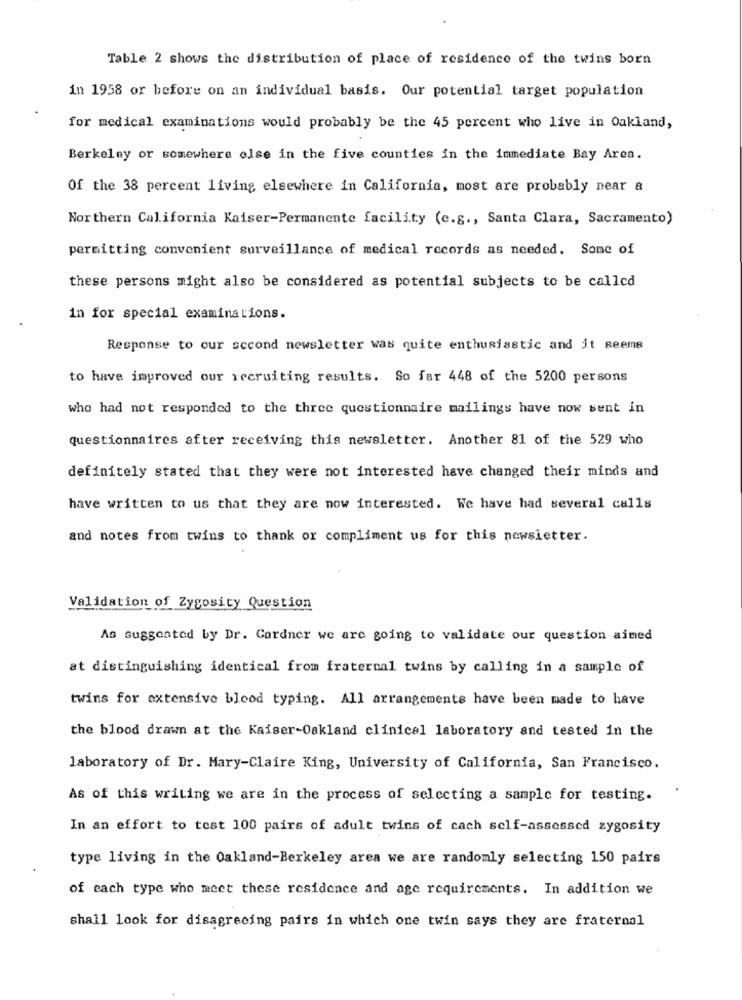
Table 2 shows the distribution of place of residence of the twins born
in 1958 or before on an individual basis. Our potential target population
for medical examinations would probably be the 45 percent who live in Oakland,
Berkeley or somewhere else in the five counties in the immediate Bay Area.
Of the 38 percent living elsewhere in California, most are probably near a
Northern California Kaiser-Permanente facility (e.g ., Santa Clara, Sacramento)
permitting convenient surveillance of medical records as needed. Some of
these persons might also be considered as potential subjects to be called
in for special examinations.
Response to our second newsletter was quite enthusiastic and it seems
to have improved our recruiting results. So far 448 of the 5200 persons
who had not responded to the three questionnaire mailings have now bent in
questionnaires after receiving this newsletter. Another 81 of the 529 who
definitely stated that they were not interested have changed their minds and
have written to us that they are now interested. We have had several calls
and notes from twins to thank or compliment us for this newsietter.
Validation of Zygosity Question
As suggested by Dr. Cardner we are going to validate our question aimed
at distinguishing identical from fraternal twins by calling in a sample of
twins for extensive blood typing. All arrangements have been made to have
the blood drawn at the Kaiser-Oakland clinical laboratory and tested in the
laboratory of Dr. Mary-Claire King, University of California, San Francisco.
As of this writing we are in the process of selecting a sample for testing.
In an effort to test 100 pairs of adult twins of cach self-assessed zygosity
type living in the Oakland-Berkeley area we are randomly selecting 150 pairs
of each type who meet these residence and age requirements. In addition we
shall look for disagreeing pairs in which one twin says they are fraternal